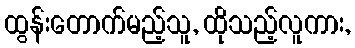
ထွန်းတောက်မည့်သူ, ထိုသည့်လူကား,